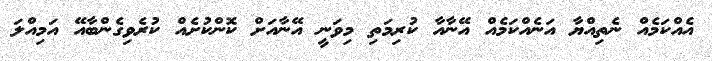
އެއްކަމެއް ނެތިއްޔާ އަނެއްކަމެއް އޭނާއާ ކުރިމަތި މިވަނީ އޭނާއަށް ކޮންކުށެއް ކުރެވިގެންބާއޭ އަމިއްލަ